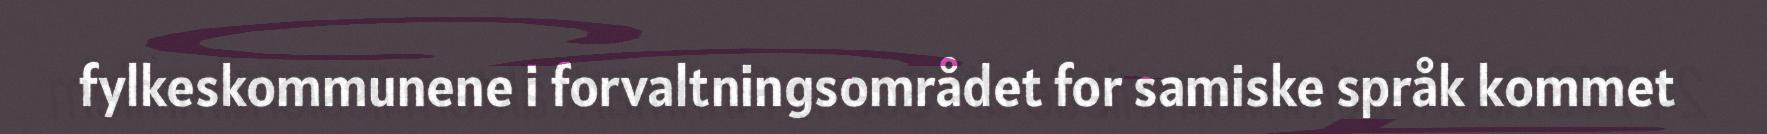
fylkeskommunene i forvaltningsområdet for samiske språk kommet